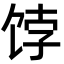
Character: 饽